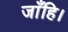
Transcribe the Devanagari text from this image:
जाँहि।